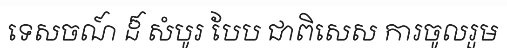
ទេសចណ៍ ដ៏ សំបូរ បែប ជាពិសេស ការចូលរួម